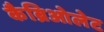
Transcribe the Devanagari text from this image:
कैब्रिओलेट